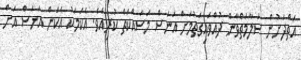
އަތްދަށުން ސަލާމަތްވާން ދުއްވައިގަތުމަށް އަނަސް މަސައްކަތް ކުރިއެވެ. އެކަމަކު އެކަން އަނަސް އަށް